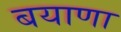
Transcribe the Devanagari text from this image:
बयाणा